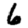
Digit: 6